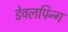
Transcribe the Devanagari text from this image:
डेवलपिन्ग